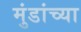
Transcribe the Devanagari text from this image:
मुंडांच्या